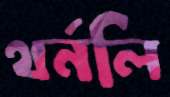
থর্নলি